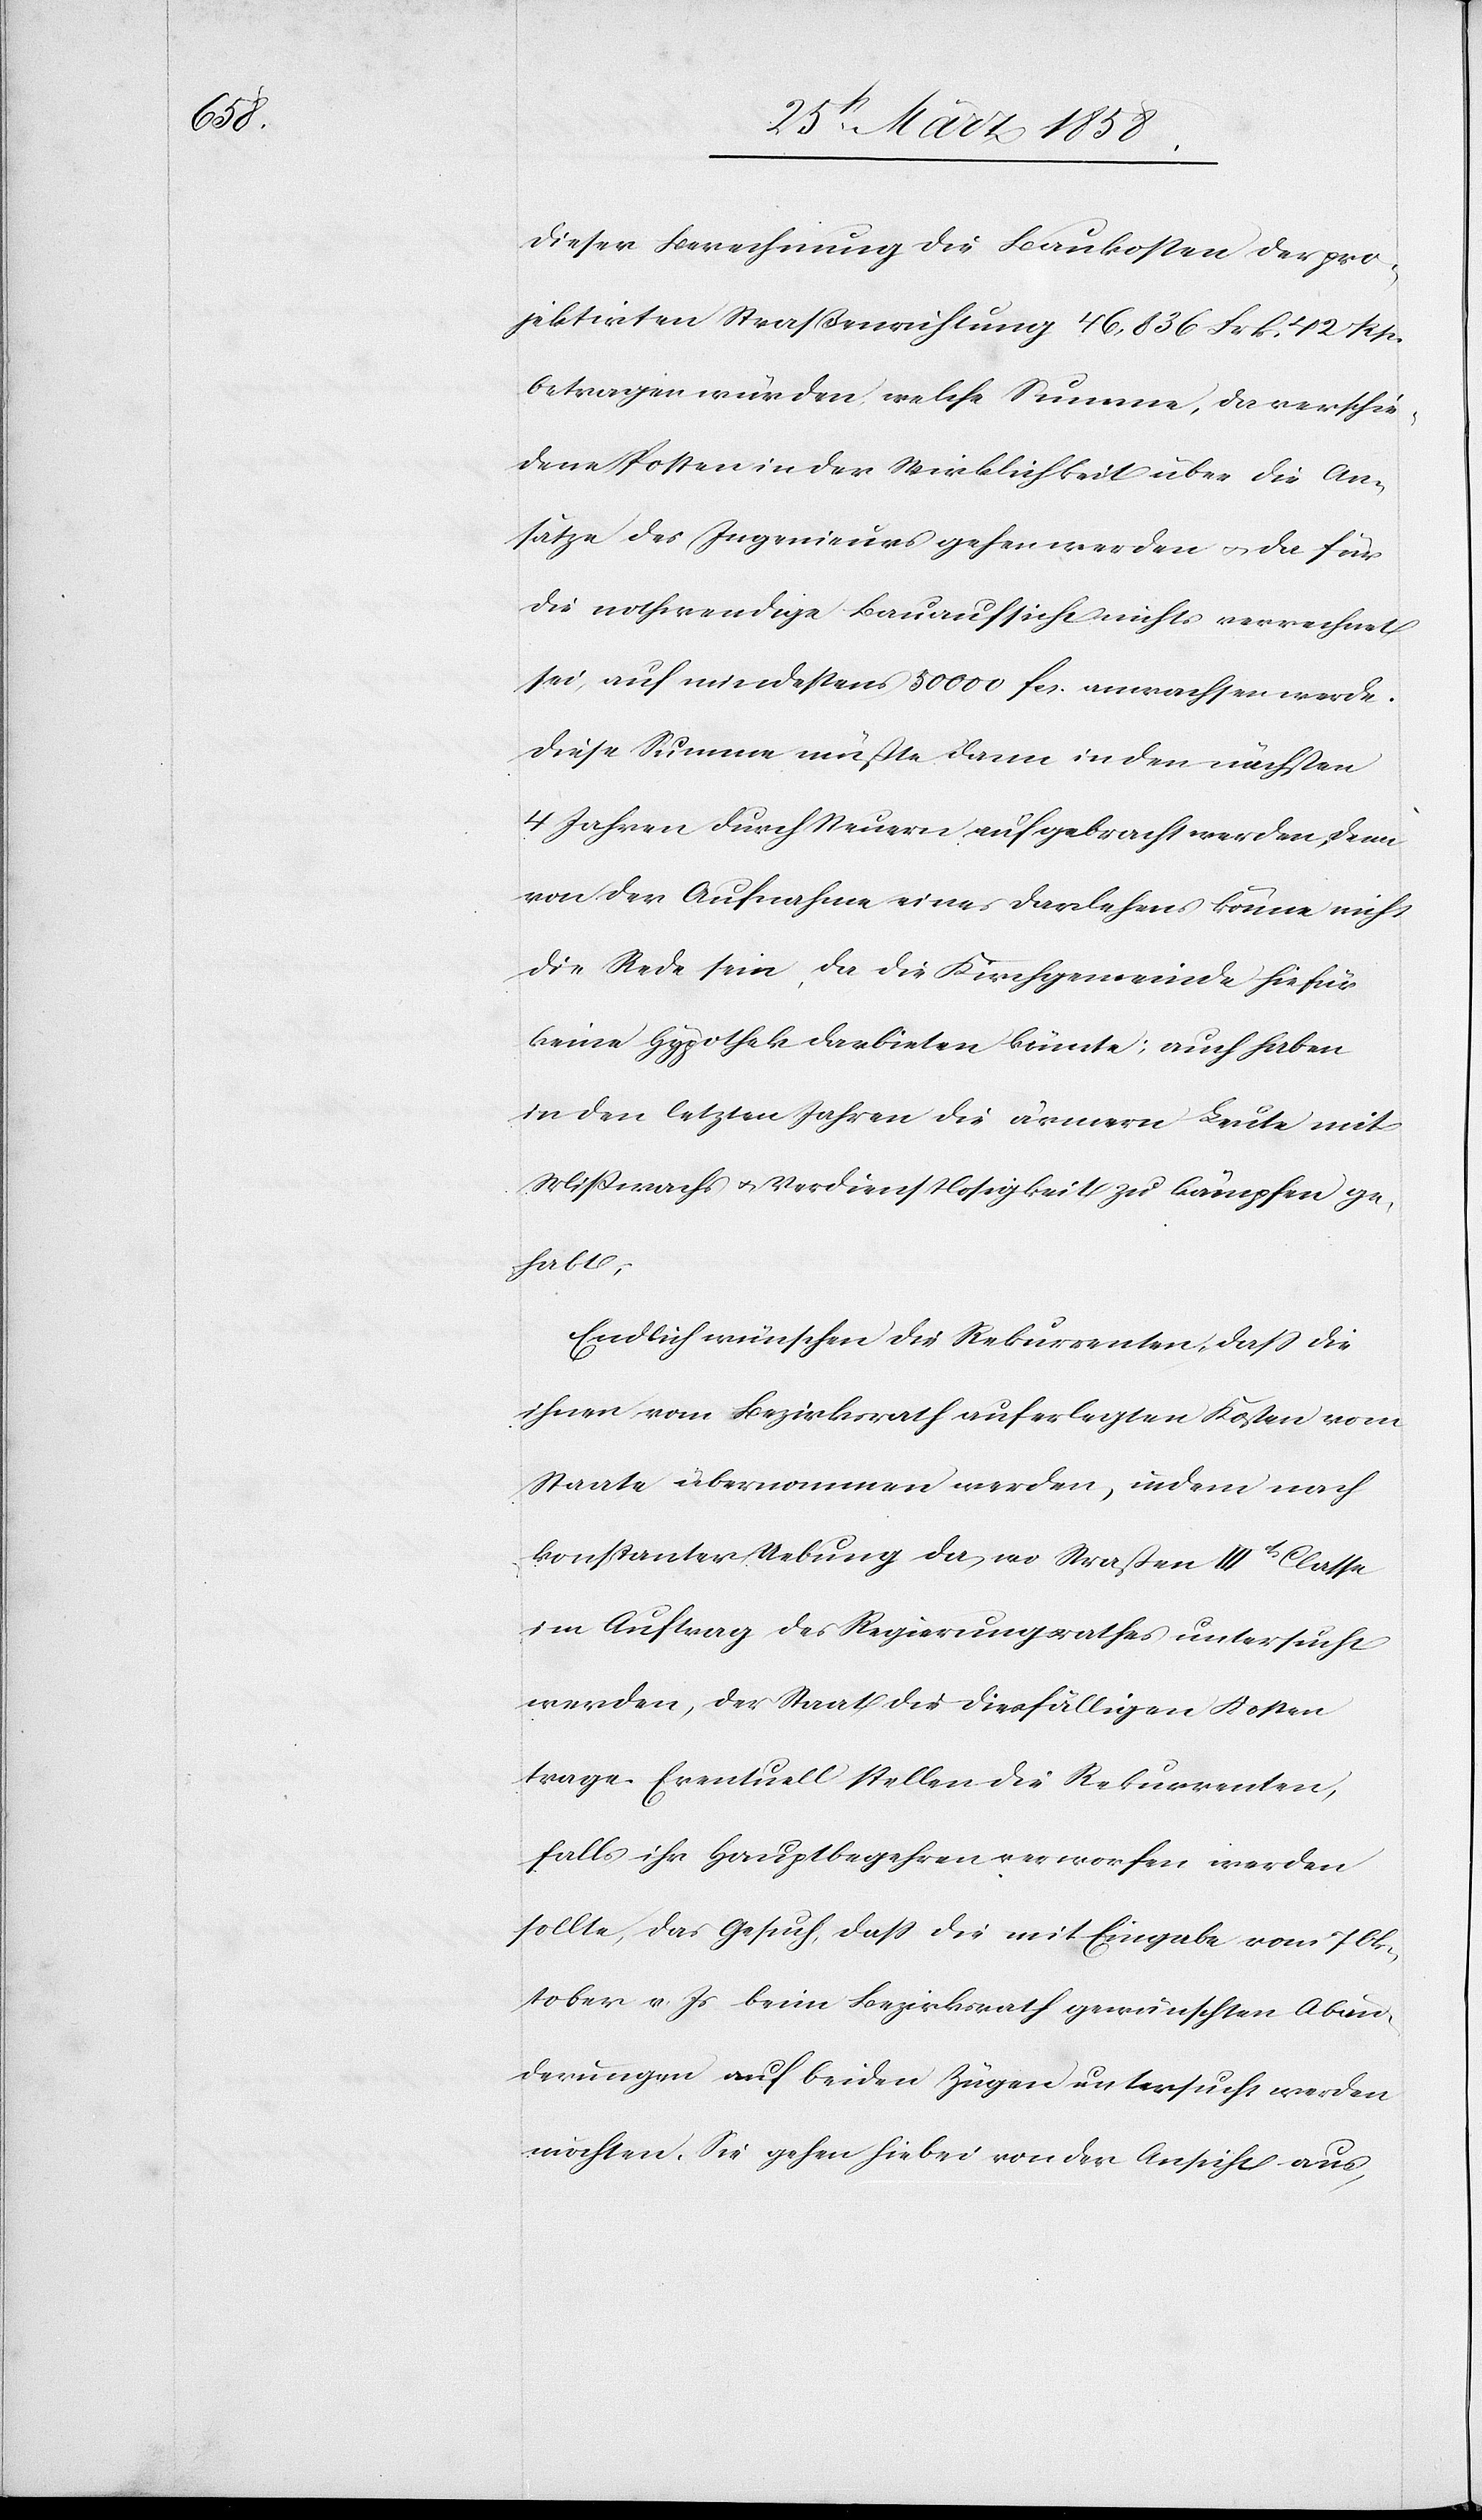
dieser Berechnung die Baukosten der pro¬
jektirten Straßenrichtung 46,836 Frk. 42 Rp.
betragen würden, welche Summe, da verschie¬
dene Posten in der Wirklichkeit über die An¬
sätze des Ingenieurs gehen werden u. da für
die nothwendige Bauaufsicht nichts verrechnet
sei, auf mindestens 50000 fcs. anwachsen werde.
Diese Summe müßte dann in den nächsten
4 Jahren durch Steuern aufgebracht werden, denn
von der Aufnahme eines Darlehens könne nicht
die Rede sein, da die Kirchgemeinde hiefür
keine Hypothek darbieten könnte; auch haben
in den letzten Jahren die ärmern Leute mit
Mißwachs[-] u. Verdienstlosigkeit zu kämpfen ge¬
habt.
Endlich wünschen die Rekurrenten, daß die
ihnen vom Bezirksrath auferlegten Kosten vom
Staate übernommen werden, indem nach
konstanter Uebung da, wo Straßen IIIt Classe
im Auftrag des Regierungsrathes untersucht
werden, der Staat die diesfälligen Kosten
trage. Eventuell stellen die Rekurrenten,
falls ihr Hauptbegehren verworfen werden
sollte, das Gesuch, daß die mit Eingabe vom 7. Ok¬
tober v. Js. beim Bezirksrath gewünschten Abän¬
derungen auf beiden Zügen untersucht werden
möchten. Sie gehen hiebei von der Ansicht aus,